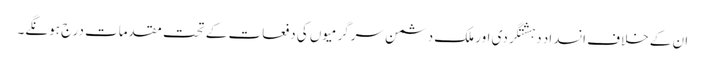
ان کے خلاف انسداد دہشتگردی اور ملک دشمن سرگرمیوں کی دفعات کے تحت مقدمات درج ہونگے۔